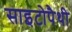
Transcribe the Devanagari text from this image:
साइटोपैथी